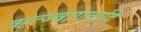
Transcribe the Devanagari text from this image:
ऋत्ज्वागतादि